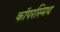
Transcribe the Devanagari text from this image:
कॉपरस्मिथ